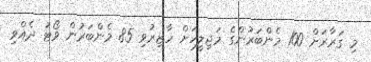
މި ގަރާރަށް 100 މެންބަރުންގެ މަޖިލީހަށް ހާޒިރުވި 85 މެންބަރުން ވޯޓު ދެއްވި